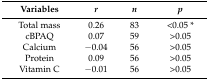
<table><thead><tr><td><b>Variables</b></td><td><b><i>r</i></b></td><td><b><i>n</i></b></td><td><b><i>p</i></b></td></tr></thead><tbody><tr><td>Total mass</td><td>0.26</td><td>83</td><td>&lt;0.05 *</td></tr><tr><td>cBPAQ</td><td>0.07</td><td>59</td><td>&gt;0.05</td></tr><tr><td>Calcium</td><td>−0.04</td><td>56</td><td>&gt;0.05</td></tr><tr><td>Protein</td><td>0.09</td><td>56</td><td>&gt;0.05</td></tr><tr><td>Vitamin C</td><td>−0.01</td><td>56</td><td>&gt;0.05</td></tr></tbody></table>